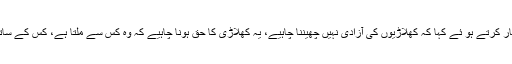
انہوں نے افسوس کا اظہار کرتے ہو ئے کہا کہ کھلاڑیوں کی آزادی نہیں چھیننا چاہیے، یہ کھلاڑی کا حق ہونا چاہیے کہ وہ کس سے ملتا ہے، کس کے ساتھ کھانا کھانے جاتا ہے۔